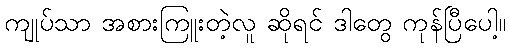
ကျုပ်သာ အစားကြူးတဲ့လူ ဆိုရင် ဒါတွေ ကုန်ပြီပေါ့။